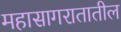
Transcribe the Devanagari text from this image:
महासागरातातील